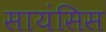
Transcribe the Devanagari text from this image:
सायंसिस